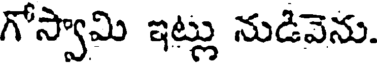
గోస్వామి ఇట్లు నుడివెను.